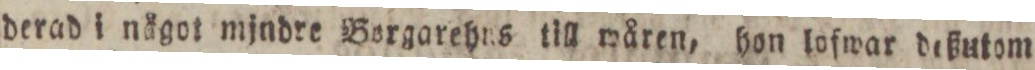
derad i något mjadre Borgarehns till wåren, hon lofwar dißutom